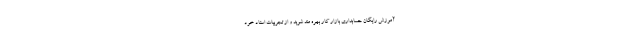
آموزش رایگان حسابداری بازار کار بهره مند شوید و از تجربیات استاد خود